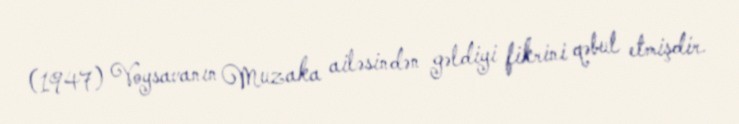
(1947) Voysavanın Muzaka ailəsindən gəldiyi fikrini qəbul etmişdir.